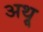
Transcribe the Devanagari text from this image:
अथ़्रू